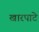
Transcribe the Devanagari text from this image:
खारपाटे